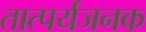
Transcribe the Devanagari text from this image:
तात्पर्यजनक